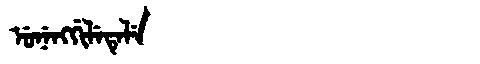
Manchu: ᡠᠨᡝᠩᡤᡳᠯᡝᡨᡝᠯᡝ
Romanization: UNENGGILETELE